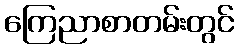
ကြေညာစာတမ်းတွင်